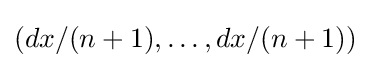
(dx/(n+1),\ldots ,dx/(n+1))